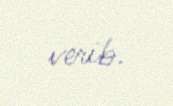
verib.